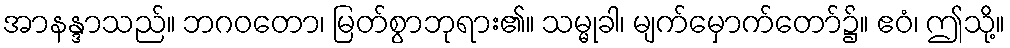
အာနန္ဒာသည်။ ဘဂဝတော၊ မြတ်စွာဘုရား၏။ သမ္မုခါ၊ မျက်မှောက်တော်၌။ ဧဝံ၊ ဤသို့။